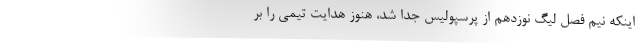
اینکه نیم فصل لیگ نوزدهم از پرسپولیس جدا شد، هنوز هدایت تیمی را بر